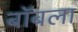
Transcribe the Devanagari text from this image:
बॉबला